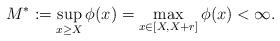
LaTeX: \begin{align*}M^*:=\sup_{x\geq X}\phi(x)=\max_{x\in[X, X+r]}\phi(x)<\infty.\end{align*}